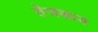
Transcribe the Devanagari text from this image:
तेजकाय